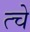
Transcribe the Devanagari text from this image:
त्चे